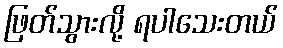
ဖြတ်သွားလို့ ရပါသေးတယ်